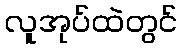
လူအုပ်ထဲတွင်